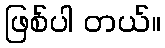
ဖြစ်ပါ တယ်။